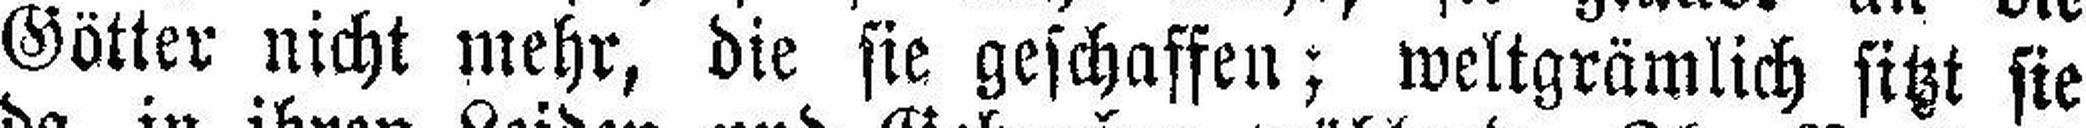
Götter nicht mehr, die sie geschaffen; weltgrämlich sitzt sie